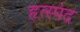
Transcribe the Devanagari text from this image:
हृत्स्पंद